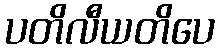
ပတိလီယတိပေ